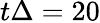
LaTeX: t\Delta=20